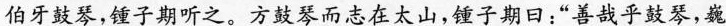
伯牙鼓琴，锺子期听之。方鼓琴而志在太山，锺子期日：”善哉乎鼓琴，巍巍